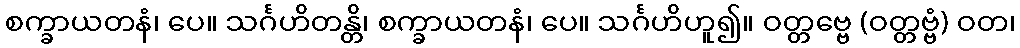
စက္ခာယတနံ၊ ပေ။ သင်္ဂဟိတန္တိ၊ စက္ခာယတနံ၊ ပေ။ သင်္ဂဟိဟူ၍။ ဝတ္တဗ္ဗေ (ဝတ္တဗ္ဗံ) ဝတ၊